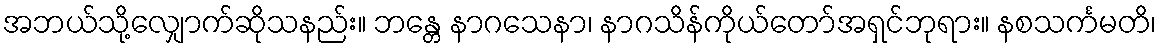
အဘယ်သို့လျှောက်ဆိုသနည်း။ ဘန္တေ နာဂသေနာ၊ နာဂသိန်ကိုယ်တော်အရှင်ဘုရား။ နစသင်္ကမတိ၊